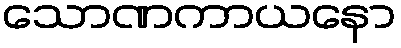
သောဏကာယနော